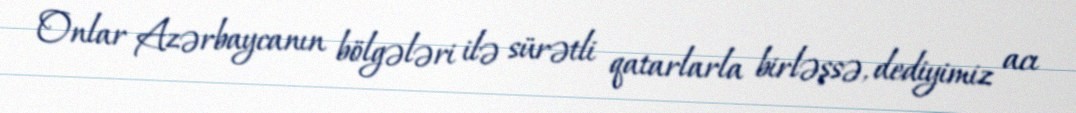
Onlar Azərbaycanın bölgələri ilə sürətli qatarlarla birləşsə, dediyimiz acı